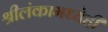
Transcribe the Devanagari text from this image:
श्रीलंकामध्येही